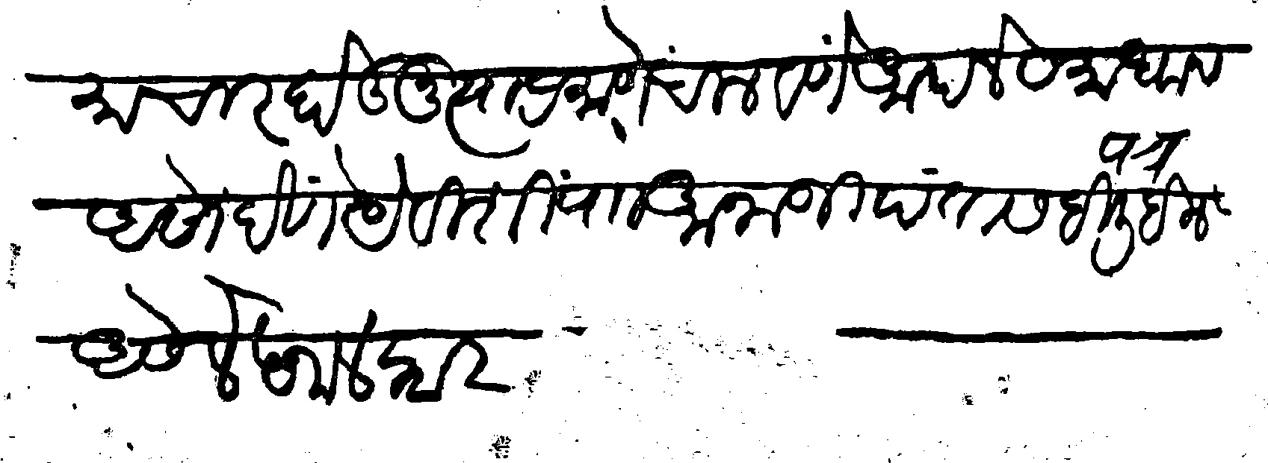
Transliteration (Devanagari): समाचार होऊनु त्याप्रमाणे चालवणे आपले समाधान असो देणे येविसी पाा अनाजी पंतासही पत्त्र लिहिले असे लेखनालंकार